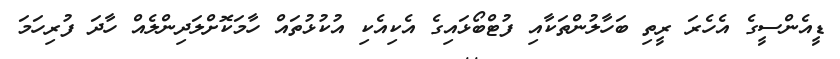
ޑީއެންސީގެ އެހެރަ ރީތި ބަހާލުންތަކާއި ފުޓްބޯޅައިގެ އެކިއެކި އުކުޅުތައް ހާމަކޮށްލަދިންލެއް ހާދަ ފުރިހަމަ